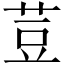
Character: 荳